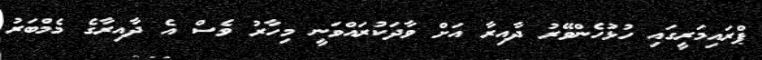
ޕްރައިމަރީގައި ހުޅުހެންވޭރު ދާއިރާ އަށް ވާދަކުރައްވަނީ މިހާރު ވެސް އެ ދާއިރާގެ މެމްބަރު